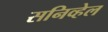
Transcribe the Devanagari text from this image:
सनिव्हेल